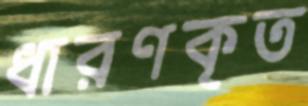
ধারণকৃত